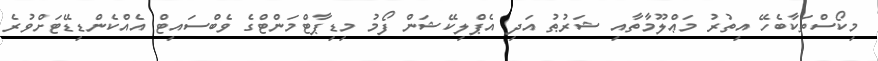
މިކޯސްތަކާބެހޭ އިތުރު މަޢްލޫމާތާއި ޝަރުޠު އަދި އެޕްލިކޭޝަން ފޯމު މިޑިޕާޓްމަންޓްގެ ވެބްސައިޓް އެއްކެންޑިޑޭޓަށްވުރެ